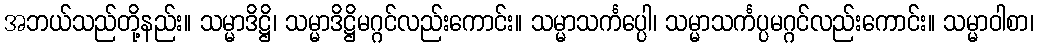
အဘယ်သည်တို့နည်း။ သမ္မာဒိဋ္ဌိ၊ သမ္မာဒိဋ္ဌိမဂ္ဂင်လည်းကောင်း။ သမ္မာသင်္ကပ္ပေါ၊ သမ္မာသင်္ကပ္ပမဂ္ဂင်လည်းကောင်း။ သမ္မာဝါစာ၊